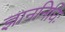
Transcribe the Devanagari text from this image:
ज्ञाननिधिः